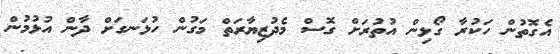
އެގޮތުން ހަކުރާ ގޯޅިން އުތުރަށް ގޮސް މެދުޒިޔާރަތް މަގުން ހުޅަނގަށް ދާން އުޅުމުން